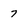
Character: 7